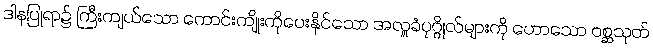
ဒါနပြုရာ၌ ကြီးကျယ်သော ကောင်းကျိုးကိုပေးနိုင်သော အလှူခံပုဂ္ဂိုလ်များကို ဟောသော ဝစ္ဆသုတ်